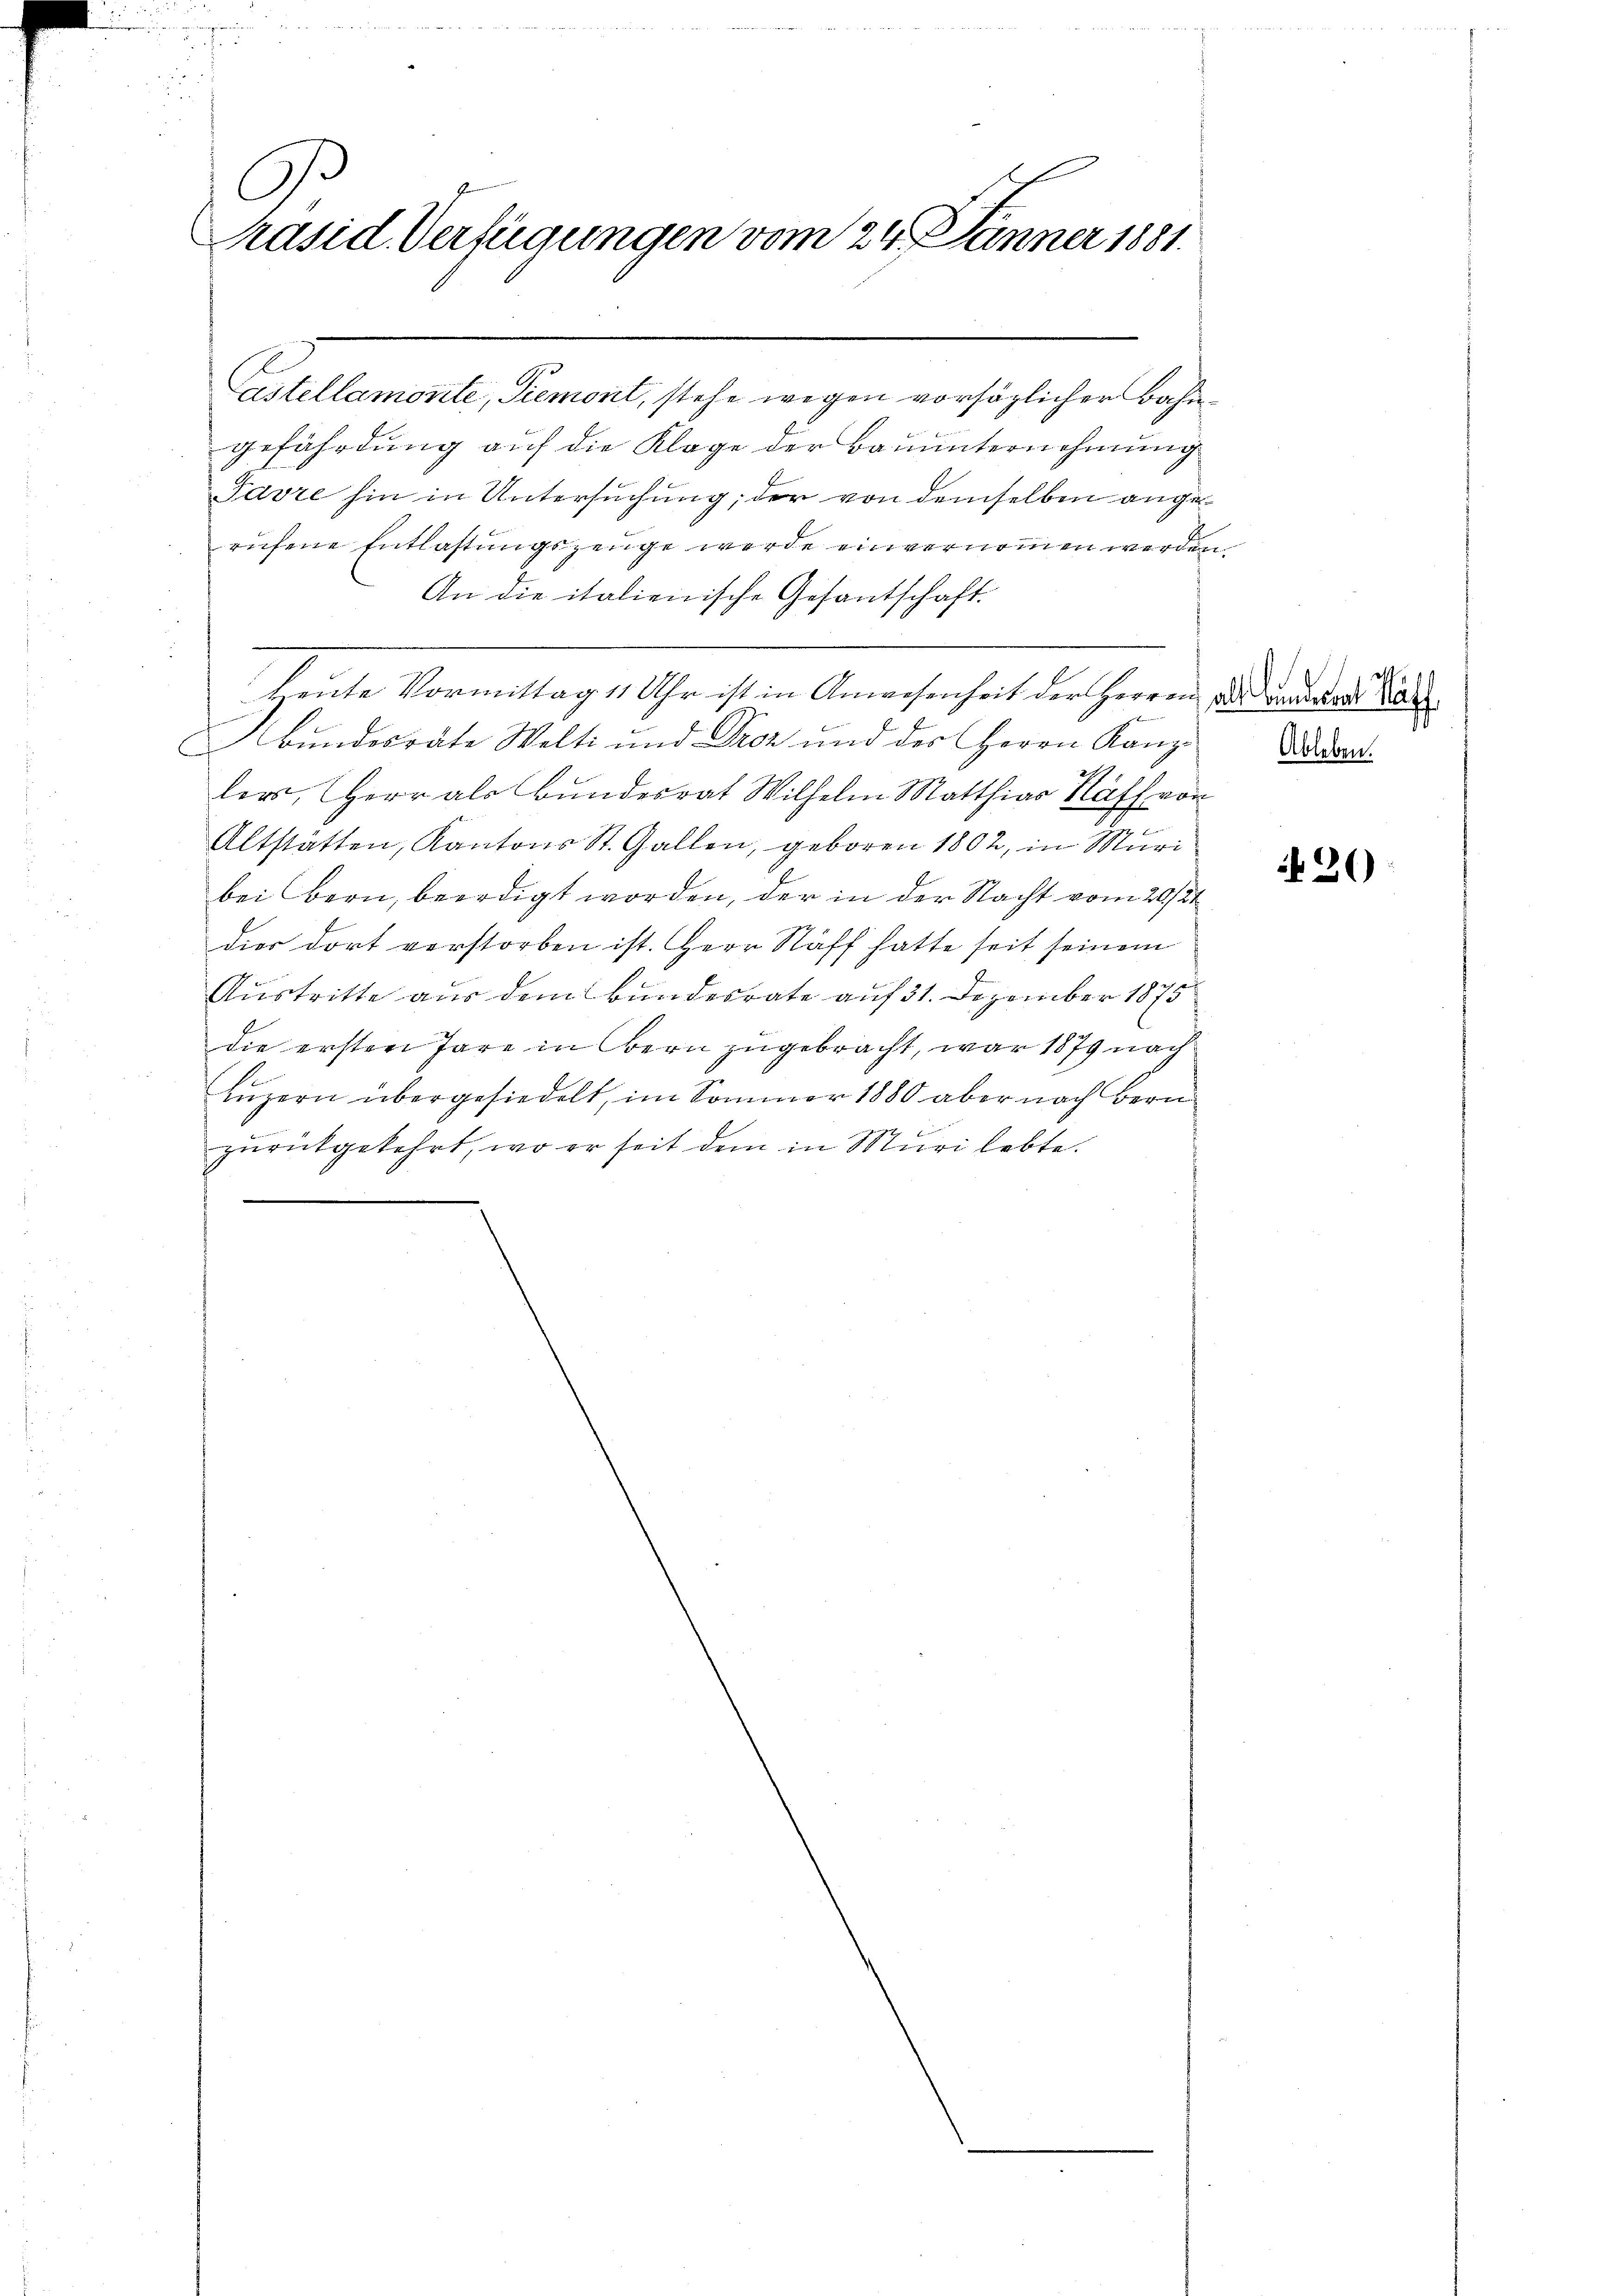
.
Präsid. Verfügungen vom 24. Jänner 1881.

Castellamonte, Piemont, stehe wegen vorsäglicher Bahngefährdung auf die Klage der Bauunternehmung
Pavre hin in Untersuchung; der von demselben angerufene Entlastungszeuge werde einvernommen werden.
An die italienische Gesantschaft.
Abŭndesräte Welti und Droz und des Herrn Kanz-
lers, Herr als Bundesrat Wilhelm Matthias Näf von
Altstätten, Kantons St. Gallen, geboren 1802, in Muri
bei Bern, beerdigt worden, der in der Nacht vom 20./21
dier dort verstorben ist. Herr Staff hatte seit seinem
Austritte aus dem Bundesrate auf 31. Dezember 1875
die ersten Pare in Bern zugebracht, war 1879 nach
Luzern übergesiedelt, im Sommer 1880 aber nach Bern
zŭrückgekehrt, wo er seit dem in Muri lebte.

leute Vormittag 11 Uhr ist in Anwesenheit der Herren Dauer Ka

Ableben.

36)